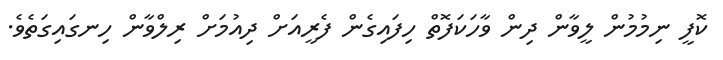
ކޮފީ ނިމުމުން ލީވާން ދިން ވާހަކަފޮތް ހިފައިގެން ފެރީއަށް ދިއުމަށް ރިލްވާން ހިނގައިގަތެވެ.